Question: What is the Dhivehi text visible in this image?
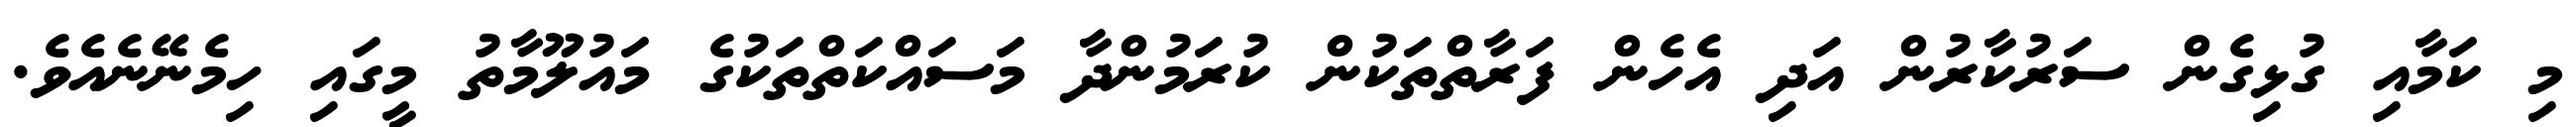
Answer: މި ކަމާއި ގުޅިގެން ސަރުކާރުން އަދި އެހެން ފަރާތްތަކުން ކުރަމުންދާ މަސައްކަތްތަކުގެ މައުލޫމާތު މީގައި ހިމެނޭނެއެވެ.